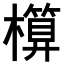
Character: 𣝶